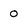
Character: 0